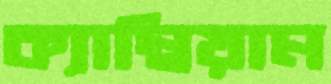
ক্যাম্বিয়াম